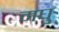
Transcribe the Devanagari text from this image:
मघु